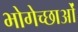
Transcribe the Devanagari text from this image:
भोगेच्छाओं